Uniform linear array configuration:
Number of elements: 12
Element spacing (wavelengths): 0.75
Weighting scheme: hamming
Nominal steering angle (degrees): -15
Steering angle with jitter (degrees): -16.545
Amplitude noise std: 0.05
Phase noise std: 0.05

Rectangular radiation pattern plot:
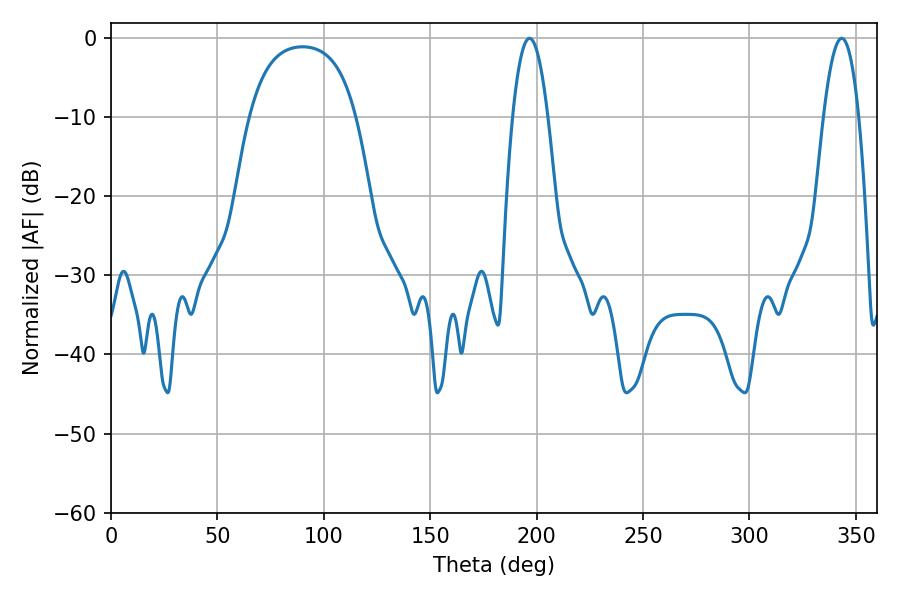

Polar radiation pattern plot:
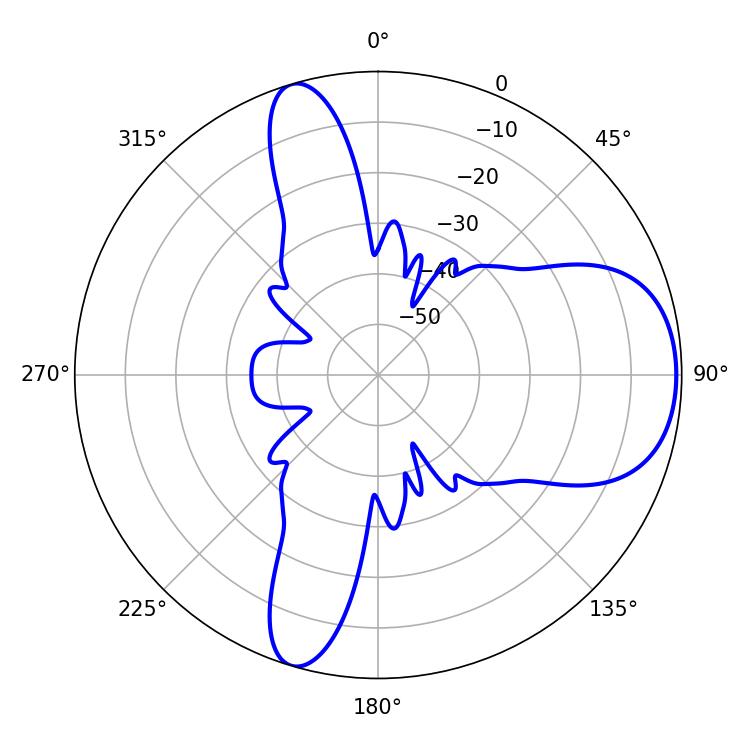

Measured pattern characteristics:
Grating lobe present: TRUE
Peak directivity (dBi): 7.512
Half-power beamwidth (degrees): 9
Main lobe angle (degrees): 196.74